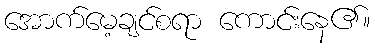
အောက်မေ့ချင်စရာ ကောင်းနေ၏။